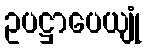
ဥပဋ္ဌာပေယျုံ